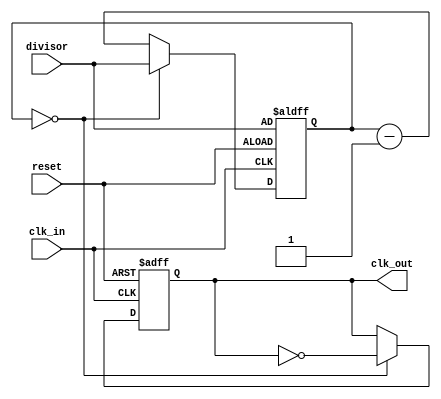
`timescale 1ns / 1ps
//////////////////////////////////////////////////////////////////////////////////
// Company: 
// Engineer: 
// 
// Design Name: 
// Module Name: clock_divider
// Project Name: 
// Target Devices: 
// Tool Versions: 
// Description: 
// 
// Dependencies: 
// 
// Revision:
// Revision 0.01 - File Created
// Additional Comments:
// 
//////////////////////////////////////////////////////////////////////////////////


module clock_divider(
    input clk_in, reset,
    input [22:0] divisor,
    output reg clk_out
    );

reg [22:0] count = 0;

always @( posedge clk_in, posedge reset ) begin

    if (reset) begin
        count <= divisor;
        clk_out <= 0;
    end

    else begin// not resetting
        if ( count == 0 ) begin
            // terminal count reached
            count <= divisor;
            clk_out <= ~clk_out;
        end
        else begin
            // normal decrement
            count <= count - 1;
        end
    end
    
end

endmodule